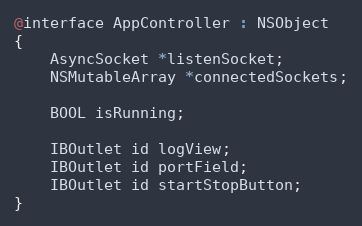
Language: C
@interface AppController : NSObject
{
	AsyncSocket *listenSocket;
	NSMutableArray *connectedSockets;

	BOOL isRunning;

    IBOutlet id logView;
    IBOutlet id portField;
    IBOutlet id startStopButton;
}